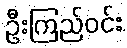
ဦးကြည်ဝင်း